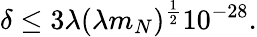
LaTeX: \delta\leq 3\lambda(\lambda m_{N})^{\frac{1}{2}}10^{-28}.